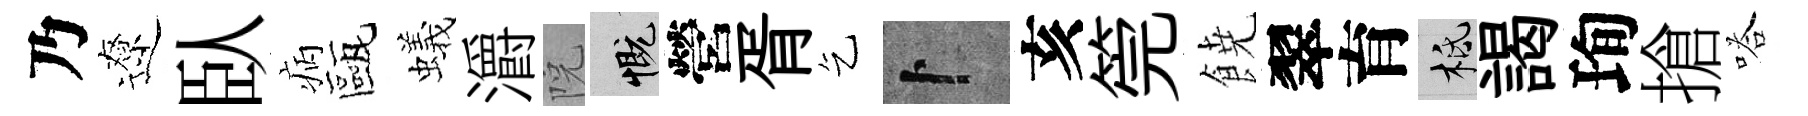
乃遼臥病甌蟻灂院慨營胥乞卜亥筦𩜙翠育柢謁珣搶嗒